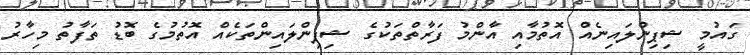
ގައުމީ ޝިޕިންލައިނެއް އޮތުމާއި އާންމު ފަރާތްތަކުގެ ޝިޕިންލައިންތަކެއް އޮތުމުގެ ބޮޑު ތަފާތު މިހާރު